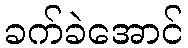
ခက်ခဲအောင်